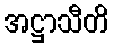
အဋ္ဌာသီတိ